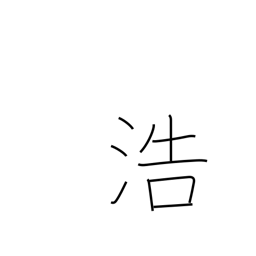
Meaning: abundance